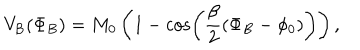
LaTeX: V _ { \mathrm { B } } ( \Phi _ { B } ) = M _ { 0 } \left( 1 - \cos \left( \frac { \beta } { 2 } ( \Phi _ { B } - \phi _ { 0 } ) \right) \right) ,